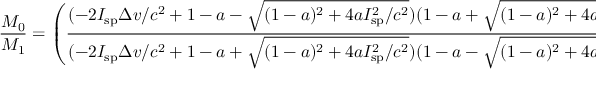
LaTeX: { \frac { M _ { 0 } } { M _ { 1 } } } = \left( { \frac { ( - 2 I _ { \mathrm { s p } } \Delta v / c ^ { 2 } + 1 - a - { \sqrt { ( 1 - a ) ^ { 2 } + 4 a I _ { \mathrm { s p } } ^ { 2 } / c ^ { 2 } } } ) ( 1 - a + { \sqrt { ( 1 - a ) ^ { 2 } + 4 a I _ { \mathrm { s p } } ^ { 2 } / c ^ { 2 } } } ) } { ( - 2 I _ { \mathrm { s p } } \Delta v / c ^ { 2 } + 1 - a + { \sqrt { ( 1 - a ) ^ { 2 } + 4 a I _ { \mathrm { s p } } ^ { 2 } / c ^ { 2 } } } ) ( 1 - a - { \sqrt { ( 1 - a ) ^ { 2 } + 4 a I _ { \mathrm { s p } } ^ { 2 } / c ^ { 2 } } } ) } } \right) ^ { \frac { 1 } { \sqrt { ( 1 - a ) ^ { 2 } + 4 a I _ { \mathrm { s p } } ^ { 2 } / c ^ { 2 } } } }